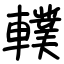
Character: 轐